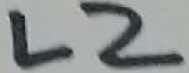
Text: L2